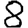
Digit: 8